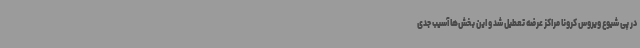
در پی شیوع ویروس کرونا مراکز عرضه تعطیل شد و این بخش‌ها آسیب جدی